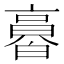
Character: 𠆌